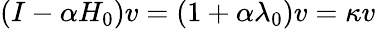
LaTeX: (I-\alpha H_{0})v=(1+\alpha\lambda_{0})v=\kappa v